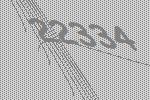
22334